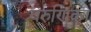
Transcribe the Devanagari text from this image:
वरुणिका